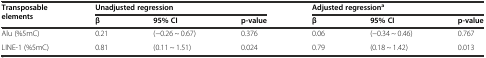
<table><thead><tr><td rowspan="2"><b>Transposable elements</b></td><td colspan="3"><b>Unadjusted regression</b></td><td colspan="3"><b>Adjusted regression<sup>a</sup></b></td></tr><tr><td><b>β</b></td><td><b>95% CI</b></td><td><b>p-value</b></td><td><b>β</b></td><td><b>95% CI</b></td><td><b>p-value</b></td></tr></thead><tbody><tr><td>Alu (%5mC)</td><td>0.21</td><td>(-0.26 ~ 0.67)</td><td>0.376</td><td>0.06</td><td>(-0.34 ~ 0.46)</td><td>0.767</td></tr><tr><td>LINE-1 (%5mC)</td><td>0.81</td><td>(0.11 ~ 1.51)</td><td>0.024</td><td>0.79</td><td>(0.18 ~ 1.42)</td><td>0.013</td></tr></tbody></table>